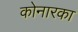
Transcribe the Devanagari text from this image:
कोनारका